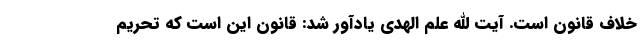
خلاف قانون است. آیت الله علم الهدی یادآور شد: قانون این است که تحریم